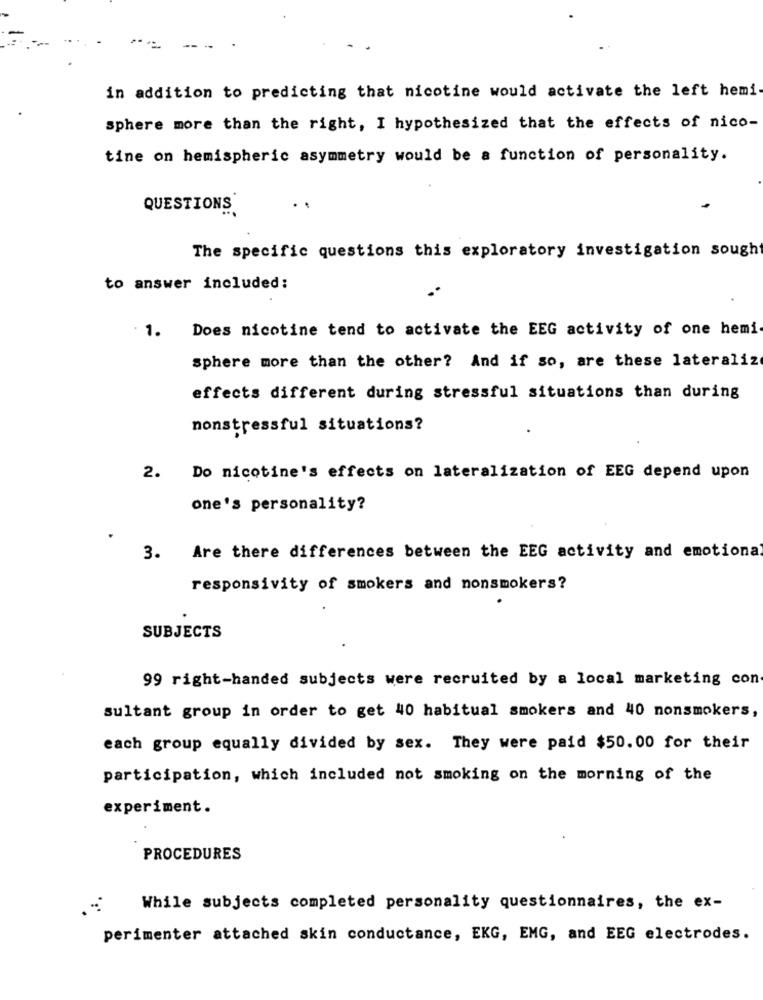
in addition to predicting that nicotine would activate the left hemi
sphere more than the right, I hypothesized that the effects of nico-
tine on hemispheric asymmetry would be a function of personality.
QUESTIONS
..
The specific questions this exploratory investigation sough
to answer included:
1. Does nicotine tend to activate the EEG activity of one hemi
sphere more than the other? And if so, are these lateraliz
effects different during stressful situations than during
nonstressful situations?
2. Do nicotine's effects on lateralization of EEG depend upon
one's personality?
3. Are there differences between the EEG activity and emotiona
responsivity of smokers and nonsmokers?
SUBJECTS
99 right-handed subjects were recruited by a local marketing con
sultant group in order to get 40 habitual smokers and 40 nonsmokers,
each group equally divided by sex. They were paid $50.00 for their
participation, which included not smoking on the morning of the
experiment.
PROCEDURES
While subjects completed personality questionnaires, the ex-
perimenter attached skin conductance, EKG, EMG, and EEG electrodes.